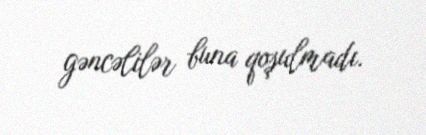
gəncəlilər buna qoşulmadı.